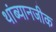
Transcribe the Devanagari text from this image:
थांब्यानजीक